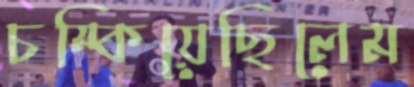
চম্‌কিয়েছিলেম